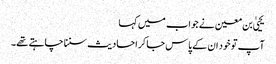
یحییٰ بن معین نے جواب میں کہا
آپ تو خود ان کے پاس جا کر احادیث سننا چاہتے تھے۔